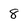
Character: 8